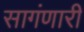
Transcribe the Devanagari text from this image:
सागंणारी